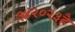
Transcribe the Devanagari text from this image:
३४२०२३है